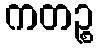
ကတဉ္စ